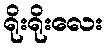
ရိုးရိုးလေး